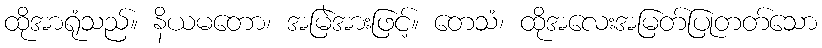
ထိုအာရုံသည်။ နိယမတော၊ အမြဲအားဖြင့်။ တေသံ၊ ထိုအလေးအမြတ်ပြုတတ်သော